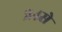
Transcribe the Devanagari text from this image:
२४से